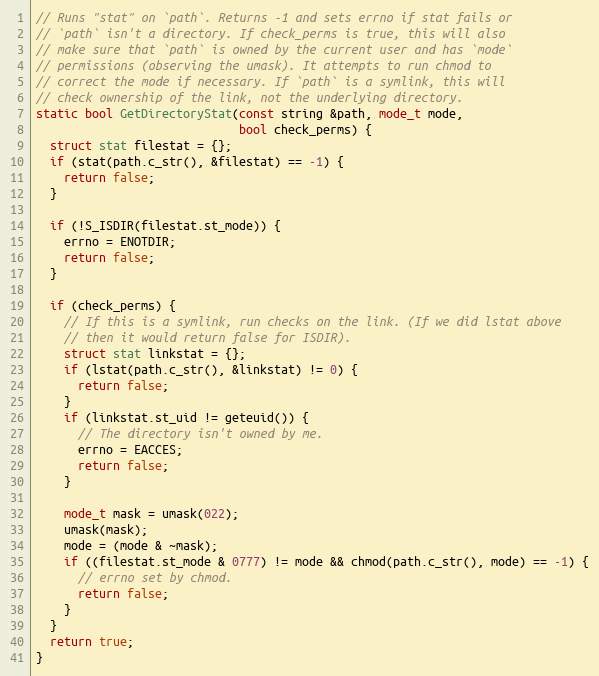
Language: C++
// Runs "stat" on `path`. Returns -1 and sets errno if stat fails or
// `path` isn't a directory. If check_perms is true, this will also
// make sure that `path` is owned by the current user and has `mode`
// permissions (observing the umask). It attempts to run chmod to
// correct the mode if necessary. If `path` is a symlink, this will
// check ownership of the link, not the underlying directory.
static bool GetDirectoryStat(const string &path, mode_t mode,
                             bool check_perms) {
  struct stat filestat = {};
  if (stat(path.c_str(), &filestat) == -1) {
    return false;
  }

  if (!S_ISDIR(filestat.st_mode)) {
    errno = ENOTDIR;
    return false;
  }

  if (check_perms) {
    // If this is a symlink, run checks on the link. (If we did lstat above
    // then it would return false for ISDIR).
    struct stat linkstat = {};
    if (lstat(path.c_str(), &linkstat) != 0) {
      return false;
    }
    if (linkstat.st_uid != geteuid()) {
      // The directory isn't owned by me.
      errno = EACCES;
      return false;
    }

    mode_t mask = umask(022);
    umask(mask);
    mode = (mode & ~mask);
    if ((filestat.st_mode & 0777) != mode && chmod(path.c_str(), mode) == -1) {
      // errno set by chmod.
      return false;
    }
  }
  return true;
}